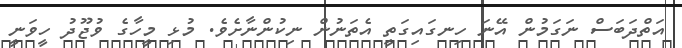
އަތްދަބަސް ނަގަމުން އޭނަ ހިނގައިގަތީ އެތަނުން ނިކުންނާށެވެ. މުޅި މީހާގެ ވުޖޫދު ހީވަނީ